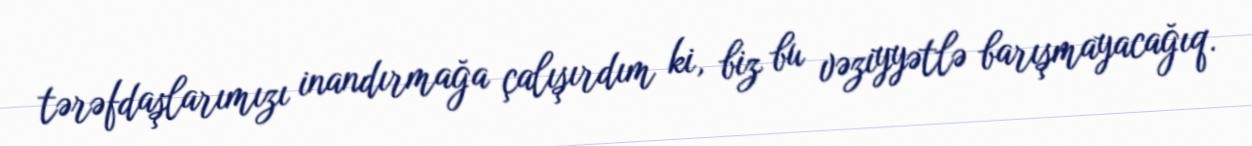
tərəfdaşlarımızı inandırmağa çalışırdım ki, biz bu vəziyyətlə barışmayacağıq.